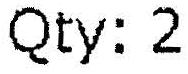
QTY: 2